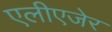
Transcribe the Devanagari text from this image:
एलीएजेर